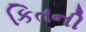
કિતની